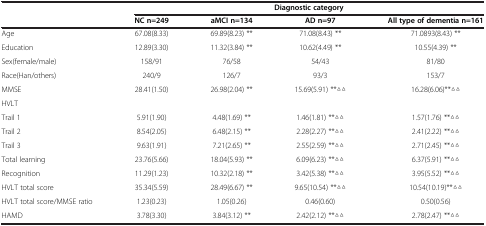
<table><thead><tr><td><b> </b></td><td colspan="4"><b>Diagnostic category</b></td></tr><tr><td><b> </b></td><td><b>NC n=249</b></td><td><b>aMCI n=134</b></td><td><b>AD n=97</b></td><td><b>All type of dementia n=161</b></td></tr></thead><tbody><tr><td>Age</td><td>67.08(8.33)</td><td>69.89(8.23) **</td><td>71.08(8.43) **</td><td>71.0893(8.43) **</td></tr><tr><td>Education</td><td>12.89(3.30)</td><td>11.32(3.84) **</td><td>10.62(4.49) **</td><td>10.55(4.39) **</td></tr><tr><td>Sex(female/male)</td><td>158/91</td><td>76/58</td><td>54/43</td><td>81/80</td></tr><tr><td>Race(Han/others)</td><td>240/9</td><td>126/7</td><td>93/3</td><td>153/7</td></tr><tr><td>MMSE</td><td>28.41(1.50)</td><td>26.98(2.04) **</td><td>15.69(5.91) **△△</td><td>16.28(6.06)**△△</td></tr><tr><td>HVLT</td><td> </td><td> </td><td> </td><td> </td></tr><tr><td>Trail 1</td><td>5.91(1.90)</td><td>4.48(1.69) **</td><td>1.46(1.81) **△△</td><td>1.57(1.76) **△△</td></tr><tr><td>Trail 2</td><td>8.54(2.05)</td><td>6.48(2.15) **</td><td>2.28(2.27) **△△</td><td>2.41(2.22) **△△</td></tr><tr><td>Trail 3</td><td>9.63(1.91)</td><td>7.21(2.65) **</td><td>2.55(2.59) **△△</td><td>2.71(2.45) **△△</td></tr><tr><td>Total learning</td><td>23.76(5.66)</td><td>18.04(5.93) **</td><td>6.09(6.23) **△△</td><td>6.37(5.91) **△△</td></tr><tr><td>Recognition</td><td>11.29(1.23)</td><td>10.32(2.18) **</td><td>3.42(5.38) **△△</td><td>3.95(5.52) **△△</td></tr><tr><td>HVLT total score</td><td>35.34(5.59)</td><td>28.49(6.67) **</td><td>9.65(10.54) **△△</td><td>10.54(10.19)**△△</td></tr><tr><td>HVLT total score/MMSE ratio</td><td>1.23(0.23)</td><td>1.05(0.26)</td><td>0.46(0.60)</td><td>0.50(0.56)</td></tr><tr><td>HAMD</td><td>3.78(3.30)</td><td>3.84(3.12) **</td><td>2.42(2.12) **△△</td><td>2.78(2.47) **△△</td></tr></tbody></table>